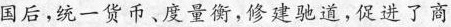
国后，统一货币、度量衡，修建驰道，促进了商